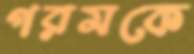
গরমকে